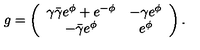
g = \left( \begin{array} { c c c } { \gamma \bar { \gamma } e ^ { \phi } + e ^ { - \phi } } & { - \gamma e ^ { \phi } } \\ { - \bar { \gamma } e ^ { \phi } } & { e ^ { \phi } } \\ \end{array} \right) .